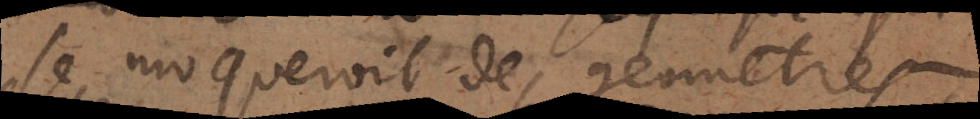
se moqueroit des geometres